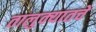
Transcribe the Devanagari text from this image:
तालुक्यातचे